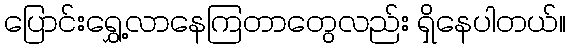
ပြောင်းရွှေ့လာနေကြတာတွေလည်း ရှိနေပါတယ်။